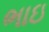
ભાઇ